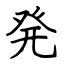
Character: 発